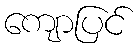
ကျောပြင်